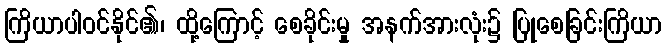
ကြိယာပါဝင်နိုင်၏၊ ထို့ကြောင့် စေခိုင်းမှု အနက်အားလုံး၌ ပြုစေခြင်းကြိယာ